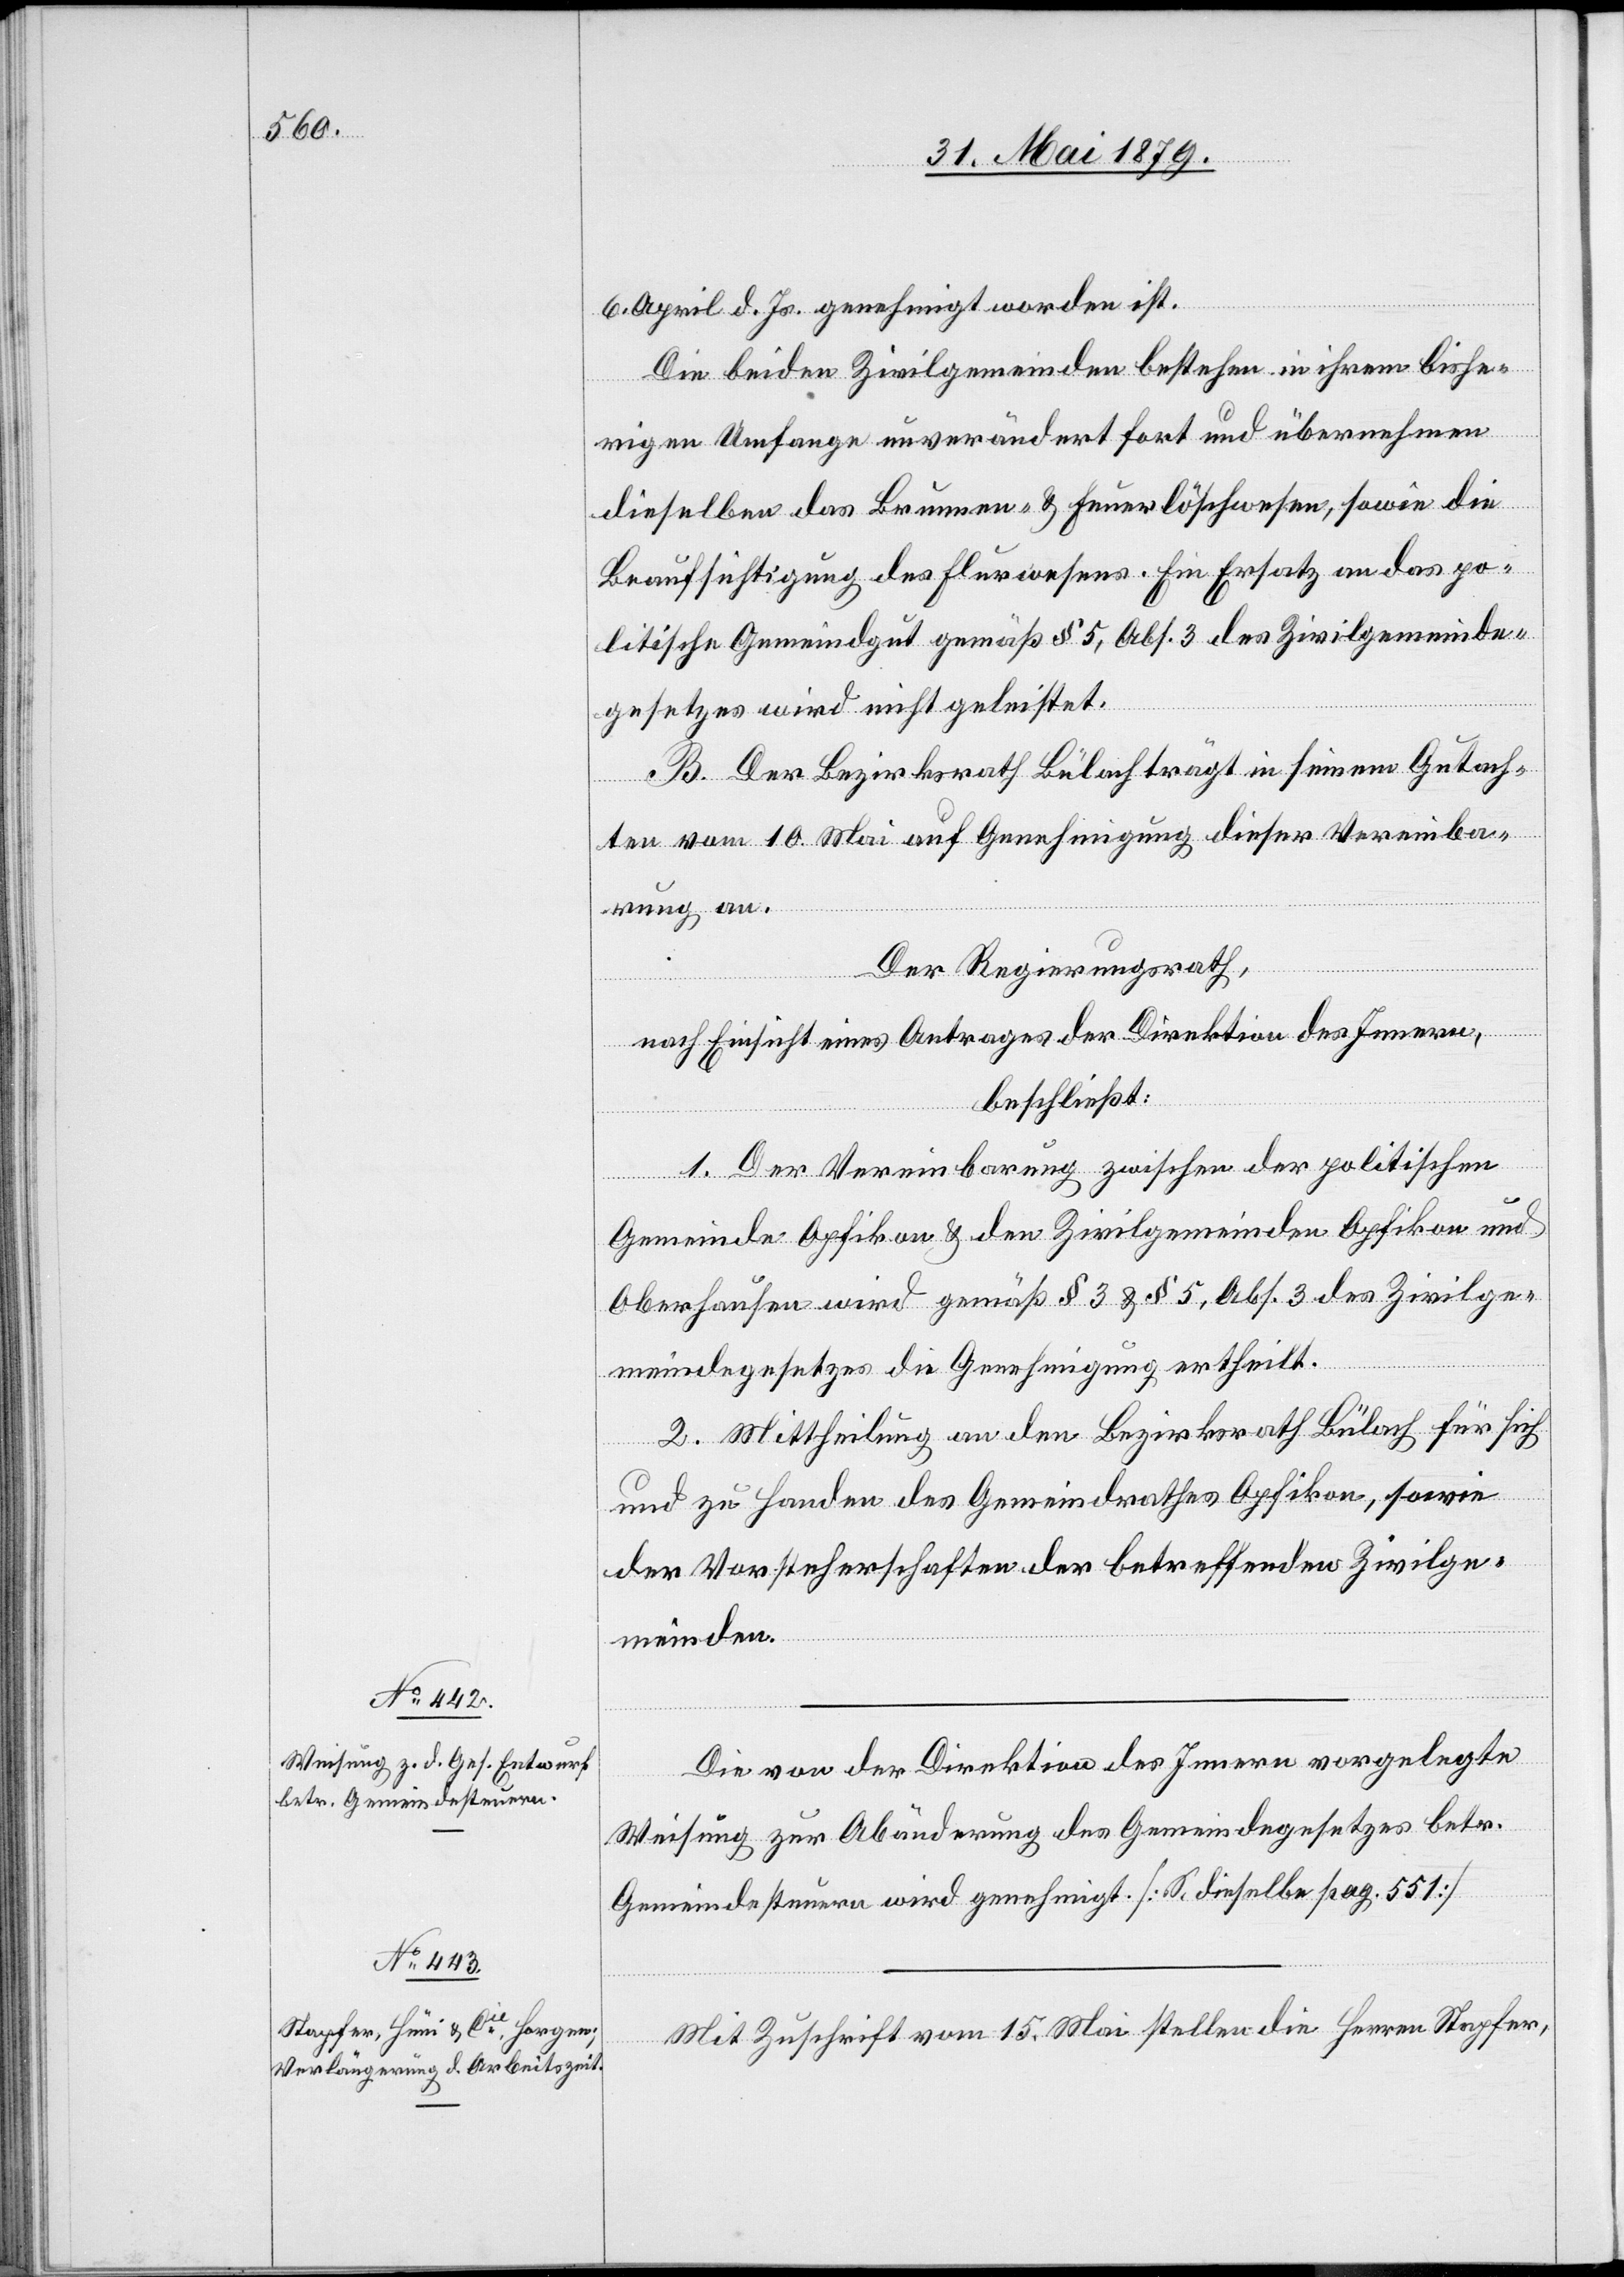
6. April d. Js. genehmigt worden ist.
Die beiden Zivilgemeinden bestehen in ihrem bishe¬
rigen Umfange unverändert fort und übernehmen
dieselben das Brunnen- & Feuerlöschwesen, sowie die
Beaufsichtigung des Flurwesens. Ein Ersatz an das po¬
litische Gemeindgut gemäß § 5, Abs. 3 des Zivilgemeinde¬
gesetzes wird nicht geleistet.
B. Der Bezirksrath Bülach trägt in seinem Gutach¬
ten vom 10. Mai auf Genehmigung dieser Vereinba¬
rung an.
Der Regierungsrath,
nach Einsicht eines Antrages der Direktion des Innern,
beschließt:
1. Der Vereinbarung zwischen der politischen
Gemeinde Opfikon & den Zivilgemeinden Opfikon und
Oberhausen wird gemäß § 3 & § 5, Abs. 3 des Zivilge¬
meindegesetzes die Genehmigung ertheilt.
2. Mittheilung an den Bezirksrath Bülach für sich
und zu Handen des Gemeindrathes Opfikon, sowie
der Vorsteherschaften der betreffenden Zivilge¬
meinden.
Die von der Direktion des Innern vorgelegte
Weisung zur Abänderung des Gemeindegesetzes betr.
Gemeindesteuern wird genehmigt. [S. dieselbe pag. 551]
Mit Zuschrift vom 15. Mai stellen die Herren Stapfer,